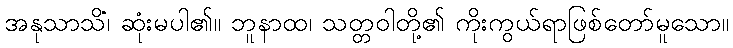
အနုသာသိံ၊ ဆုံးမပါ၏။ ဘူနာထ၊ သတ္တဝါတို့၏ ကိုးကွယ်ရာဖြစ်တော်မူသော။